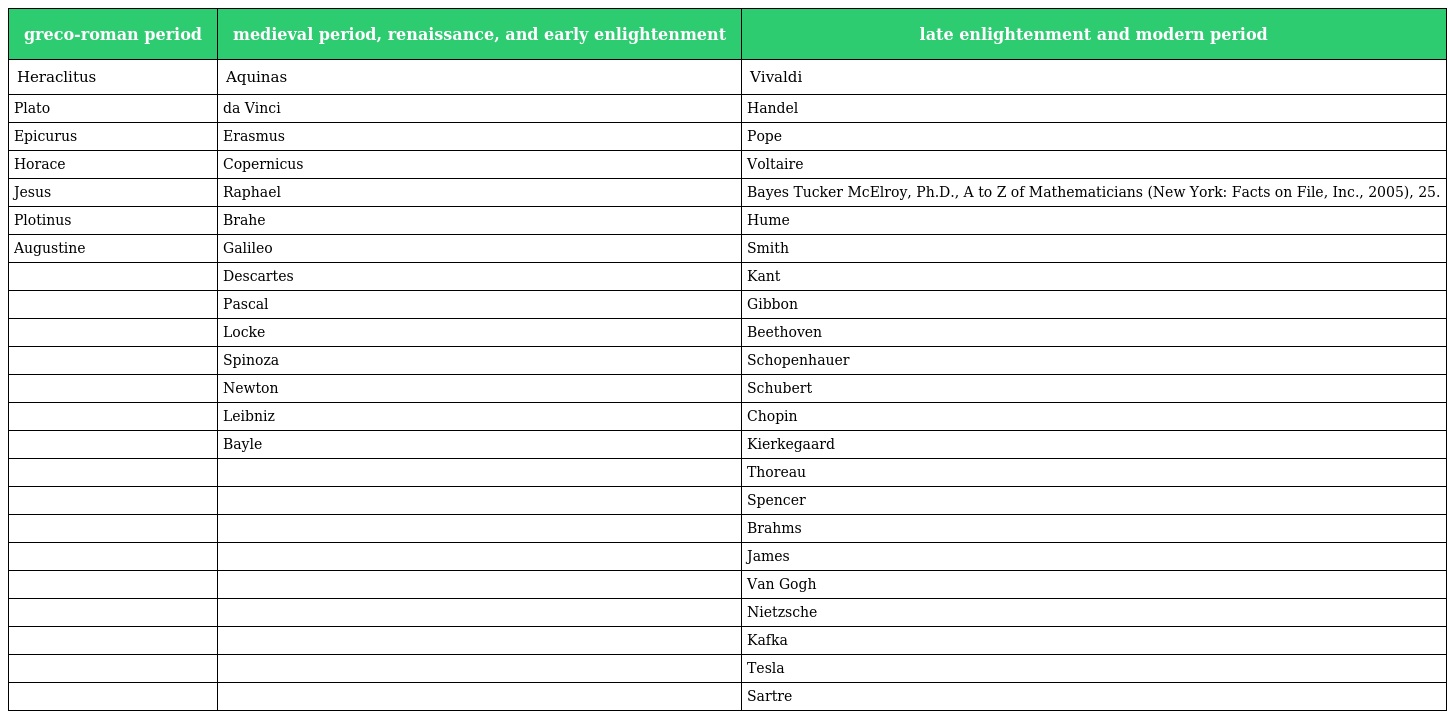
| greco-roman period | medieval period, renaissance, and early enlightenment | late enlightenment and modern period |
 | --- | --- | --- |
 | Heraclitus | Aquinas | Vivaldi |
 | Plato | da Vinci | Handel |
 | Epicurus | Erasmus | Pope |
 | Horace | Copernicus | Voltaire |
 | Jesus | Raphael | Bayes Tucker McElroy, Ph.D., A to Z of Mathematicians (New York: Facts on File, Inc., 2005), 25. |
 | Plotinus | Brahe | Hume |
 | Augustine | Galileo | Smith |
 |  | Descartes | Kant |
 |  | Pascal | Gibbon |
 |  | Locke | Beethoven |
 |  | Spinoza | Schopenhauer |
 |  | Newton | Schubert |
 |  | Leibniz | Chopin |
 |  | Bayle | Kierkegaard |
 |  |  | Thoreau |
 |  |  | Spencer |
 |  |  | Brahms |
 |  |  | James |
 |  |  | Van Gogh |
 |  |  | Nietzsche |
 |  |  | Kafka |
 |  |  | Tesla |
 |  |  | Sartre |